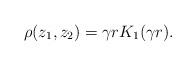
LaTeX: \begin{align*}\rho(z_1,z_2) = \gamma r K_1(\gamma r).\end{align*}